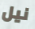
نيل